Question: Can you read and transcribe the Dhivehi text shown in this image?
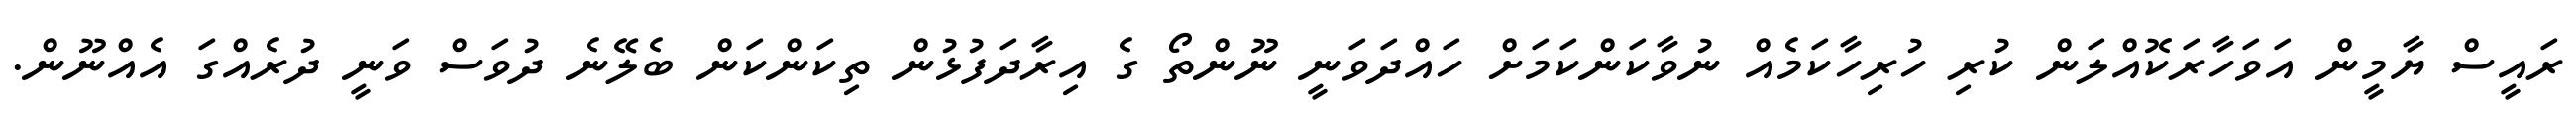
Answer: ރައީސް ޔާމީން އަވަހާރަކޮއްލަން ކުރި ހުރިހާކަމެއް ނުވާކަންކަމަށް ހައްދަވަނީ ނޫންތޯ ގެ އިރާދަފުޅުން ތިކަންކަން ބެލޭނެ ދުވަސް ވަނީ ދުރެއްގަ އެއްނޫން.